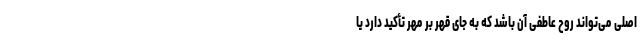
اصلی می‌تواند روح عاطفی آن باشد که به جای قهر بر مهر تأکید دارد یا